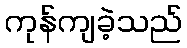
ကုန်ကျခဲ့သည်